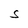
Character: S